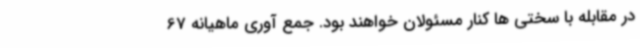
در مقابله با سختی ها کنار مسئولان خواهند بود. جمع آوری ماهیانه 67